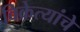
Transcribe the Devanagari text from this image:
विक्रेत्यांचे